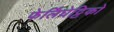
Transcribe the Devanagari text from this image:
फेर्लिंघेट्टिको